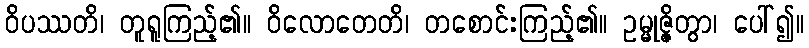
ဝိပဿတိ၊ တူရူကြည့်၏။ ဝိလောတေတိ၊ တစောင်းကြည့်၏။ ဥမ္မုဇ္ဇိတွာ၊ ပေါ်၍။